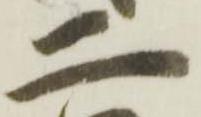
ニ